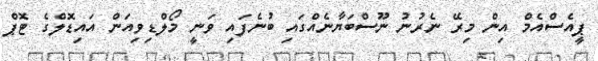
ޕީއެސްއެމް އިން މިރޭ ނެރުނު ނޫސްބަޔާނެއްގައި ބުނެފައި ވަނީ މޯލްޑިވިއަން އައިޑޮލްގެ ޓޮޕް